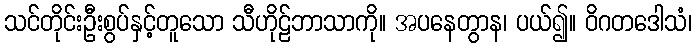
သင်တိုင်းဦးစွပ်နှင့်တူသော သီဟိုဠ်ဘာသာကို။ အပနေတွာန၊ ပယ်၍။ ဝိဂတဒေါသံ၊